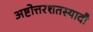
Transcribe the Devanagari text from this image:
अष्टोत्तरशतस्यादौ